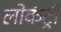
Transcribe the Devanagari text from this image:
लोकंट्री